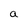
Character: a